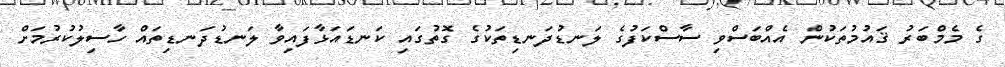
ގެ މެމްބަރު ޤައުމުތަކުން އެއްބަސްވި ސާސްކަފުގެ ލަނޑުދަނޑިތަކުގެ ގޮތުގައި ކަނޑައަޅާފައިވާ ލަނޑުދަނޑިތައް ހާސިލުކުރުމަށް